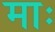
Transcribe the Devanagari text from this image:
माः